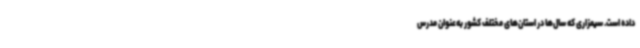
داده است. سیمزاری که سال‌ها در استان‌های مختلف کشور به‌عنوان مدرس